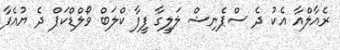
ރެއާލްއާ އެކު ދެ ސްޕެނިޝް ލަލީގާ ފީފާ ކްލަބް ވޯލްޑްކަޕް ދެ ޔުއެފާ